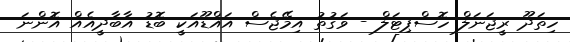
ހިތަދޫ ރީޖަނަލް ހޮސްޕިޓަލް - ވަގުތު އިމޭޖެސް އައްޑޫއަކީ ބޮޑު އާބާދީއެއް އޮންނަ